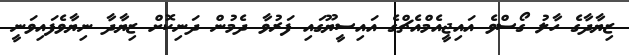
ޒިޔާދާގެ ހާލު ގޯސްވެ އައިޖީއެމްއެޗްގެ އައިސީޔޫގައި ފަރުވާ ދެމުން ދަނިކޮށް ޒިޔާދާ ނިޔާވެފައިވަނީ